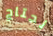
نحتاج